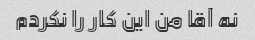
نه آقا من این کار را نکردم